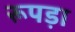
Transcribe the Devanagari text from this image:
रूपड़ा